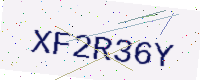
Text: XF2R36Y